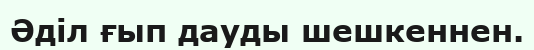
Әділ ғып дауды шешкеннен.